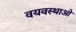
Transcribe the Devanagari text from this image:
वयवस्थाओं